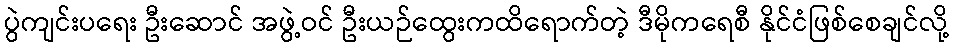
ပွဲကျင်းပရေး ဦးဆောင် အဖွဲ့ဝင် ဦးယဉ်ထွေးကထိရောက်တဲ့ ဒီမိုကရေစီ နိုင်ငံဖြစ်စေချင်လို့